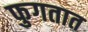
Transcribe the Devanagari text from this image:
फुगतात